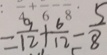
= \frac { 9 } { 1 2 } + \frac { 6 } { 1 2 } - \frac { 5 } { 8 }